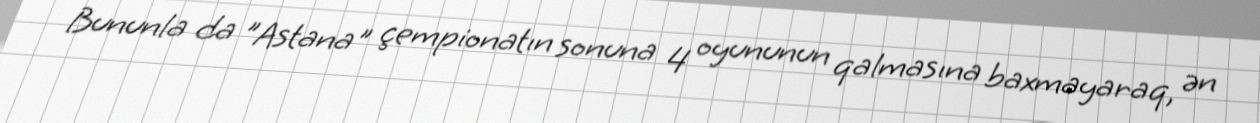
Bununla da "Astana" çempionatın sonuna 4 oyununun qalmasına baxmayaraq, ən